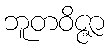
ဘူတဝိဇ္ဇာ